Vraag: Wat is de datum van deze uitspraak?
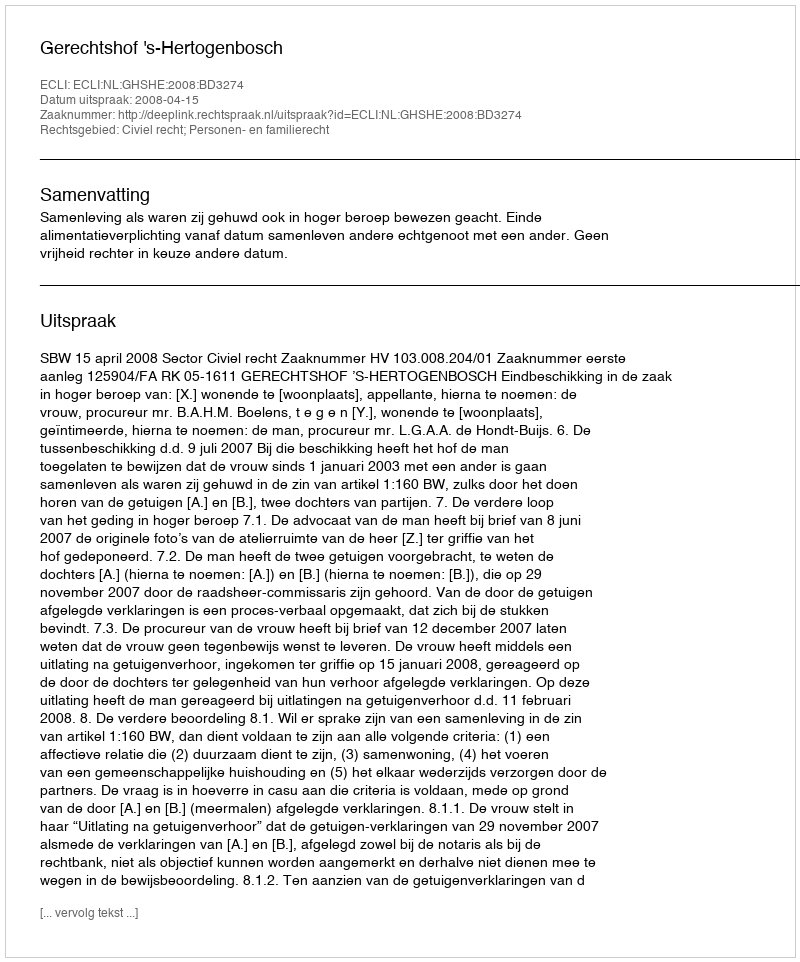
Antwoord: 2008-04-15